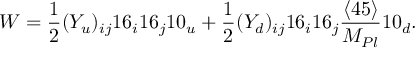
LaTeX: W = \frac { 1 } { 2 } ( Y _ { u } ) _ { i j } 1 6 _ { i } 1 6 _ { j } 1 0 _ { u } + \frac { 1 } { 2 } ( Y _ { d } ) _ { i j } 1 6 _ { i } 1 6 _ { j } \frac { \langle 4 5 \rangle } { M _ { P l } } 1 0 _ { d } .